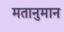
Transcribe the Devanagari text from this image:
मतानुमान